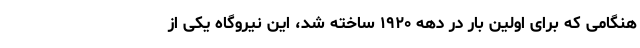
هنگامی که برای اولین بار در دهه ۱۹۲۰ ساخته شد، این نیروگاه یکی از